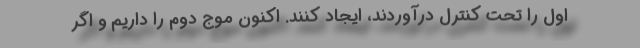
اول را تحت کنترل درآوردند، ایجاد کنند. اکنون موج دوم را داریم و اگر